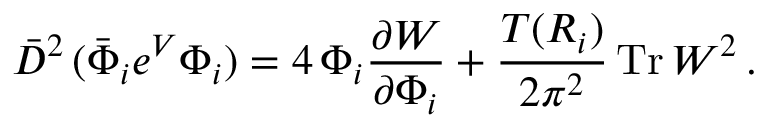
\bar { D } ^ { 2 } \, ( \bar { \Phi } _ { i } e ^ { V } { \Phi } _ { i } ) = 4 \, { \Phi } _ { i } \frac { \partial { \cal W } } { \partial { \Phi } _ { i } } + \frac { T ( R _ { i } ) } { 2 \pi ^ { 2 } } \, \mathrm { T r } \, W ^ { 2 } \, .